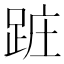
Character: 𨀵